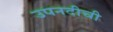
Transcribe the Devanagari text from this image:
उपनदीची